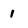
Character: 1